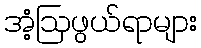
အံ့ဩဖွယ်ရာများ